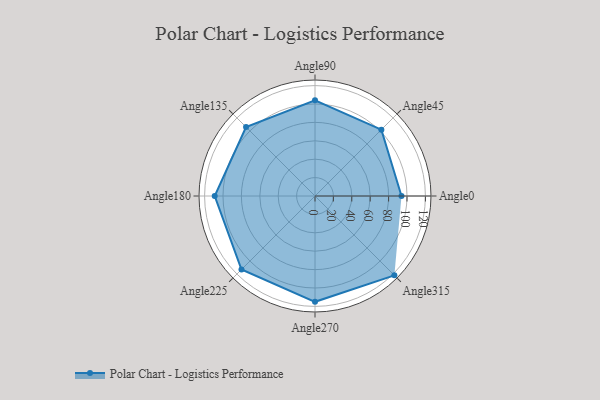
{"axis": {"x": "Angle", "y": "Radius"}, "legend": [""], "data": [{"x": "Angle0", "y": 94.0, "type": ""}, {"x": "Angle45", "y": 102.0, "type": ""}, {"x": "Angle90", "y": 104.0, "type": ""}, {"x": "Angle135", "y": 106.0, "type": ""}, {"x": "Angle180", "y": 109.0, "type": ""}, {"x": "Angle225", "y": 113.0, "type": ""}, {"x": "Angle270", "y": 115.0, "type": ""}, {"x": "Angle315", "y": 122.0, "type": ""}]}